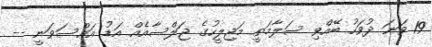
19 ވަނަ ދުވަހު ބޭއްވި ސަލާމަތީ މަޖިލީހުގެ ޖަލްސާއެއް އަޑު އައްސަވަނީ --